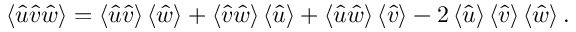
\mathinner { \langle { \hat { u } \hat { v } \hat { w } } \rangle } = \mathinner { \langle { \hat { u } \hat { v } } \rangle } \mathinner { \langle { \hat { w } } \rangle } + \mathinner { \langle { \hat { v } \hat { w } } \rangle } \mathinner { \langle { \hat { u } } \rangle } + \mathinner { \langle { \hat { u } \hat { w } } \rangle } \mathinner { \langle { \hat { v } } \rangle } - 2 \mathinner { \langle { \hat { u } } \rangle } \mathinner { \langle { \hat { v } } \rangle } \mathinner { \langle { \hat { w } } \rangle } .